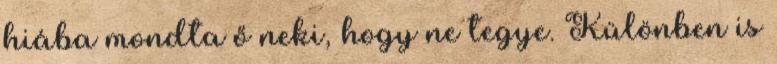
hiába mondta ő neki, hogy ne tegye. Különben is